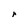
Character: r